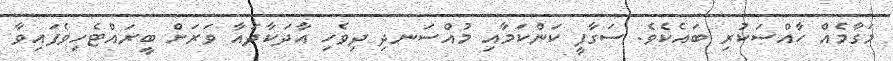
މަގާމެއް ހާއްސަކުރި ބައެކެވެ. ސަގާފީ ކަންކަމާއި މުއްސަނދި ދިވެހި އާދަކާދައާ ވަރަށް ބީރައްޓެހިވެފައިވާ